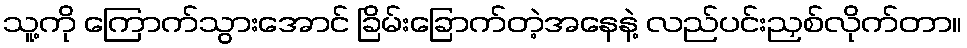
သူ့ကို ကြောက်သွားအောင် ခြိမ်းခြောက်တဲ့အနေနဲ့ လည်ပင်းညှစ်လိုက်တာ။